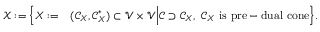
\begin{array} { r } { \begin{array} { r l } { \mathcal { X } : = \Bigl \{ X : = } & { ( \mathcal { C } _ { X } , \mathcal { C } _ { X } ^ { \ast } ) \subset \mathcal { V } \times \mathcal { V } \Big | \mathcal { C } \supset \mathcal { C } _ { X } , \ \mathcal { C } _ { X } \mathrm { ~ i s ~ p r e - d u a l ~ c o n e } \Bigr \} . } \end{array} } \end{array}